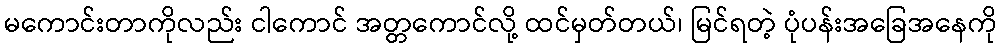
မကောင်းတာကိုလည်း ငါကောင် အတ္တကောင်လို့ ထင်မှတ်တယ်၊ မြင်ရတဲ့ ပုံပန်းအခြေအနေကို